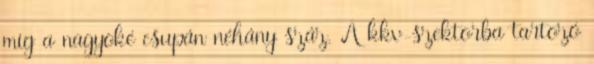
míg a nagyoké csupán néhány száz. A kkv-szektorba tartozó